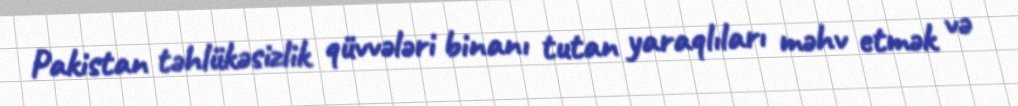
Pakistan təhlükəsizlik qüvvələri binanı tutan yaraqlıları məhv etmək və